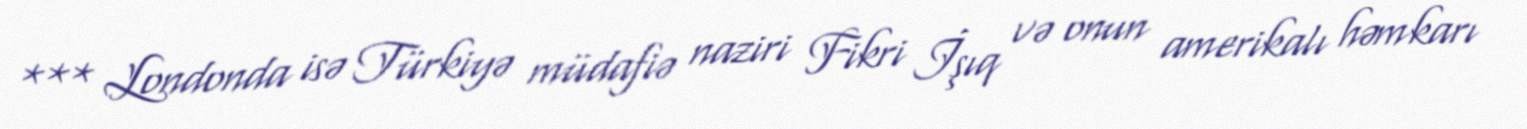
*** Londonda isə Türkiyə müdafiə naziri Fikri İşıq və onun amerikalı həmkarı